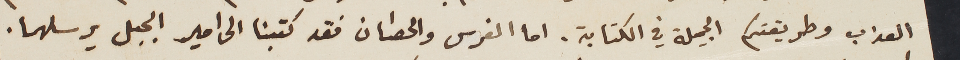
العذب وطريقتكم الجميلة في الكتابة. اما الفرس والحصان فقد كتبنا الى امير الجبل يرسلهما.